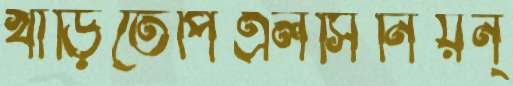
খাড়িতেপিএলসিনিয়ন্